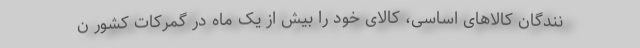
نندگان کالاهای اساسی، کالای خود را بیش از یک ماه در گمرکات کشور ن